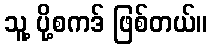
သူ့ ပို့စကဒ် ဖြစ်တယ်။